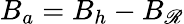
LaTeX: B_{a}=B_{h}-B_{\mathscr{R}}